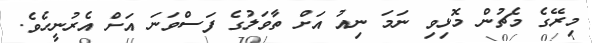
މިރޭގެ މެޗުން މޮޅިވި ނަމަ ނިއު އަށް ތާވަލުގެ ފަސްވަނަ އަށް އެރުނީހެވެ.